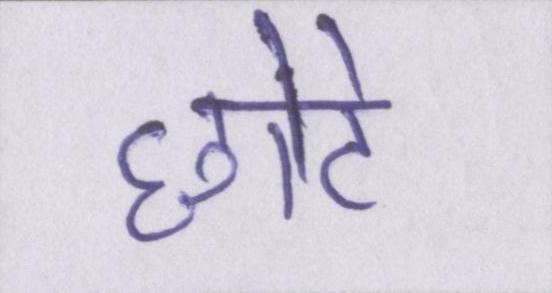
छोटे